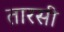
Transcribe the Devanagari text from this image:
तारसी